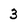
Character: 3